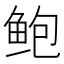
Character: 鲍